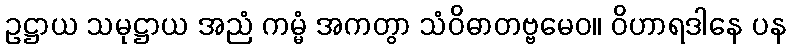
ဥဋ္ဌာယ သမုဋ္ဌာယ အညံ ကမ္မံ အကတွာ သံဝိဓာတဗ္ဗမေဝ။ ဝိဟာရဒါနေ ပန